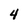
Character: 4